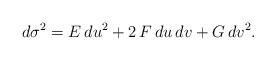
LaTeX: \begin{align*} d\sigma^2=E\,du^2+2\,F\,du\,dv+G\,dv^2.\end{align*}